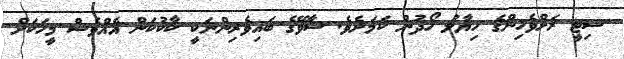
ސިޓީ ރަށްވެހިންގެ ހިޔާލު ހޯދުން ކަމަށެވެ. ސާވޭގެ ބައިވެރިންނަކީ ކާކުކަން އެއްވެސް މީހަކަށް